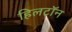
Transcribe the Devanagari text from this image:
हिलटॉन